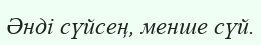
Әнді сүйсең, менше сүй.